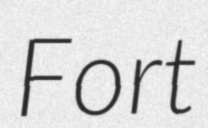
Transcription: Fort